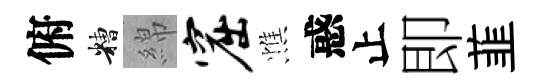
俯糟綿窟憔惑止即韮